Annual administration report of the Civil Veterinary Department, Sind - 1940-1941
Year: 1940
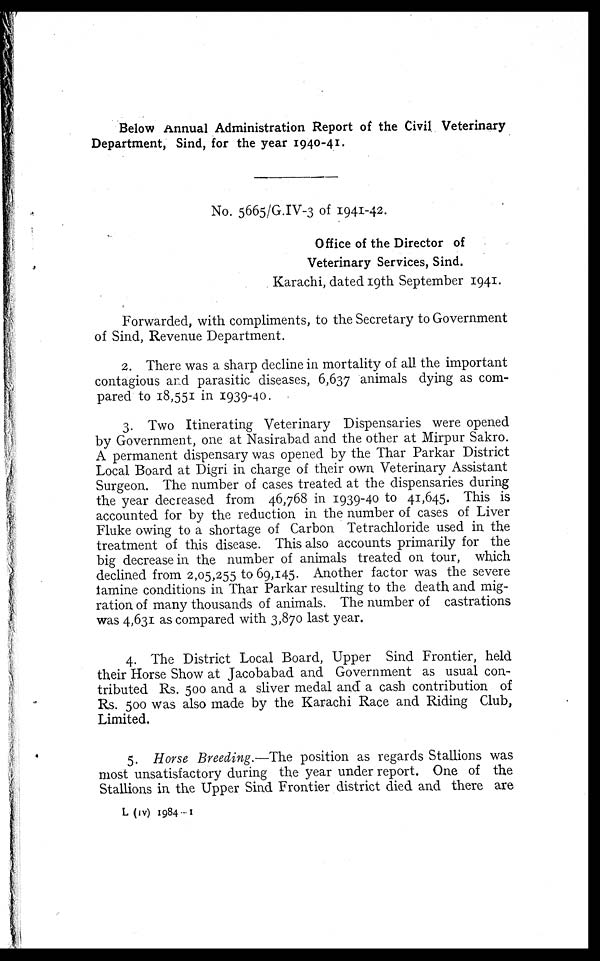
Below Annual Administration Report of the Civil Veterinary
Department, Sind, for the year 1940-41.
No. 5665/G.IV-3 of 1941-42.
Office of the Director of
Veterinary Services, Sind.
Karachi, dated 19th September 1941.
Forwarded, with compliments, to the Secretary to Government
of Sind, Revenue Department.
2. There was a sharp decline in mortality of all the important
contagious and parasitic diseases, 6,637 animals dying as com-
pared to 18,551 in 1939-40.
3. Two Itinerating Veterinary Dispensaries were opened
by Government, one at Nasirabad and the other at Mirpur Sakro.
A permanent dispensary was opened by the Thar Parkar District
Local Board at Digri in charge of their own Veterinary Assistant
Surgeon. The number of cases treated at the dispensaries during
the year decreased from 46,768 in 1939-40 to 41,645. This is
accounted for by the reduction in the number of cases of Liver
Fluke owing to a shortage of Carbon Tetrachloride used in the
treatment of this disease. This also accounts primarily for the
big decrease in the number of animals treated on tour, which
declined from 2,05,255 to 69,145. Another factor was the severe
tamine conditions in Thar Parkar resulting to the death and mig-
ration of many thousands of animals. The number of castrations
was 4,631 as compared with 3,870 last year.
4. The District Local Board, Upper Sind Frontier, held
their Horse Show at Jacobabad and Government as usual con-
tributed Rs. 500 and a sliver medal and a cash contribution of
Rs. 500 was also made by the Karachi Race and Riding Club,
Limited.
5. Horse Breeding.—The position as regards Stallions was
most unsatisfactory during the year under report. One of the
Stallions in the Upper Sind Frontier district died and there are
L (iv) 1984-1